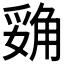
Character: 𲁝